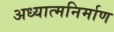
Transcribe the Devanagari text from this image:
अध्यात्मनिर्माण